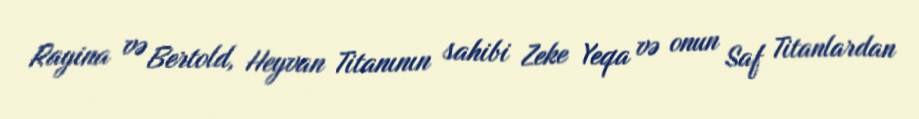
Rayina və Bertold, Heyvan Titanının sahibi Zeke Yeqa və onun Saf Titanlardan